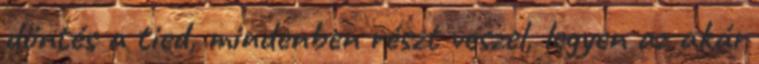
döntés a tied, mindenben részt veszel, legyen az akár